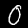
Label: 0